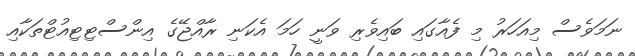
ނަމަވެސް މިއަހަރު މި ފެއާގައި ބައިވެރި ވަނީ ހަމަ އެކަނި ރާއްޖޭގެ އިންސްޓިޓިއުޓްތަކާއި